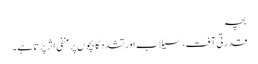
بچہ
قدرتی آفت، سیلاب اور تشدد کا بچوں پر منفی اثر پڑتا ہے ۔